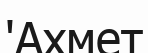
'Ахмет